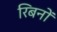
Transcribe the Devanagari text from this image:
रिबनों